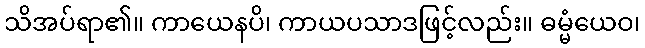
သိအပ်ရာ၏။ ကာယေနပိ၊ ကာယပသာဒဖြင့်လည်း။ ဓမ္မံယေဝ၊